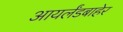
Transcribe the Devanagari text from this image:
आयर्लंडबाहेर